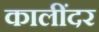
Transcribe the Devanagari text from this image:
कालींदर